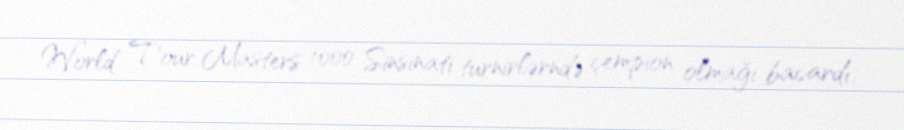
World Tour Masters 1000 Sinsinati turnirlərndə çempion olmağı bacardı.